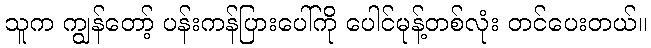
သူက ကျွန်တော့် ပန်းကန်ပြားပေါ်ကို ပေါင်မုန့်တစ်လုံး တင်ပေးတယ်။